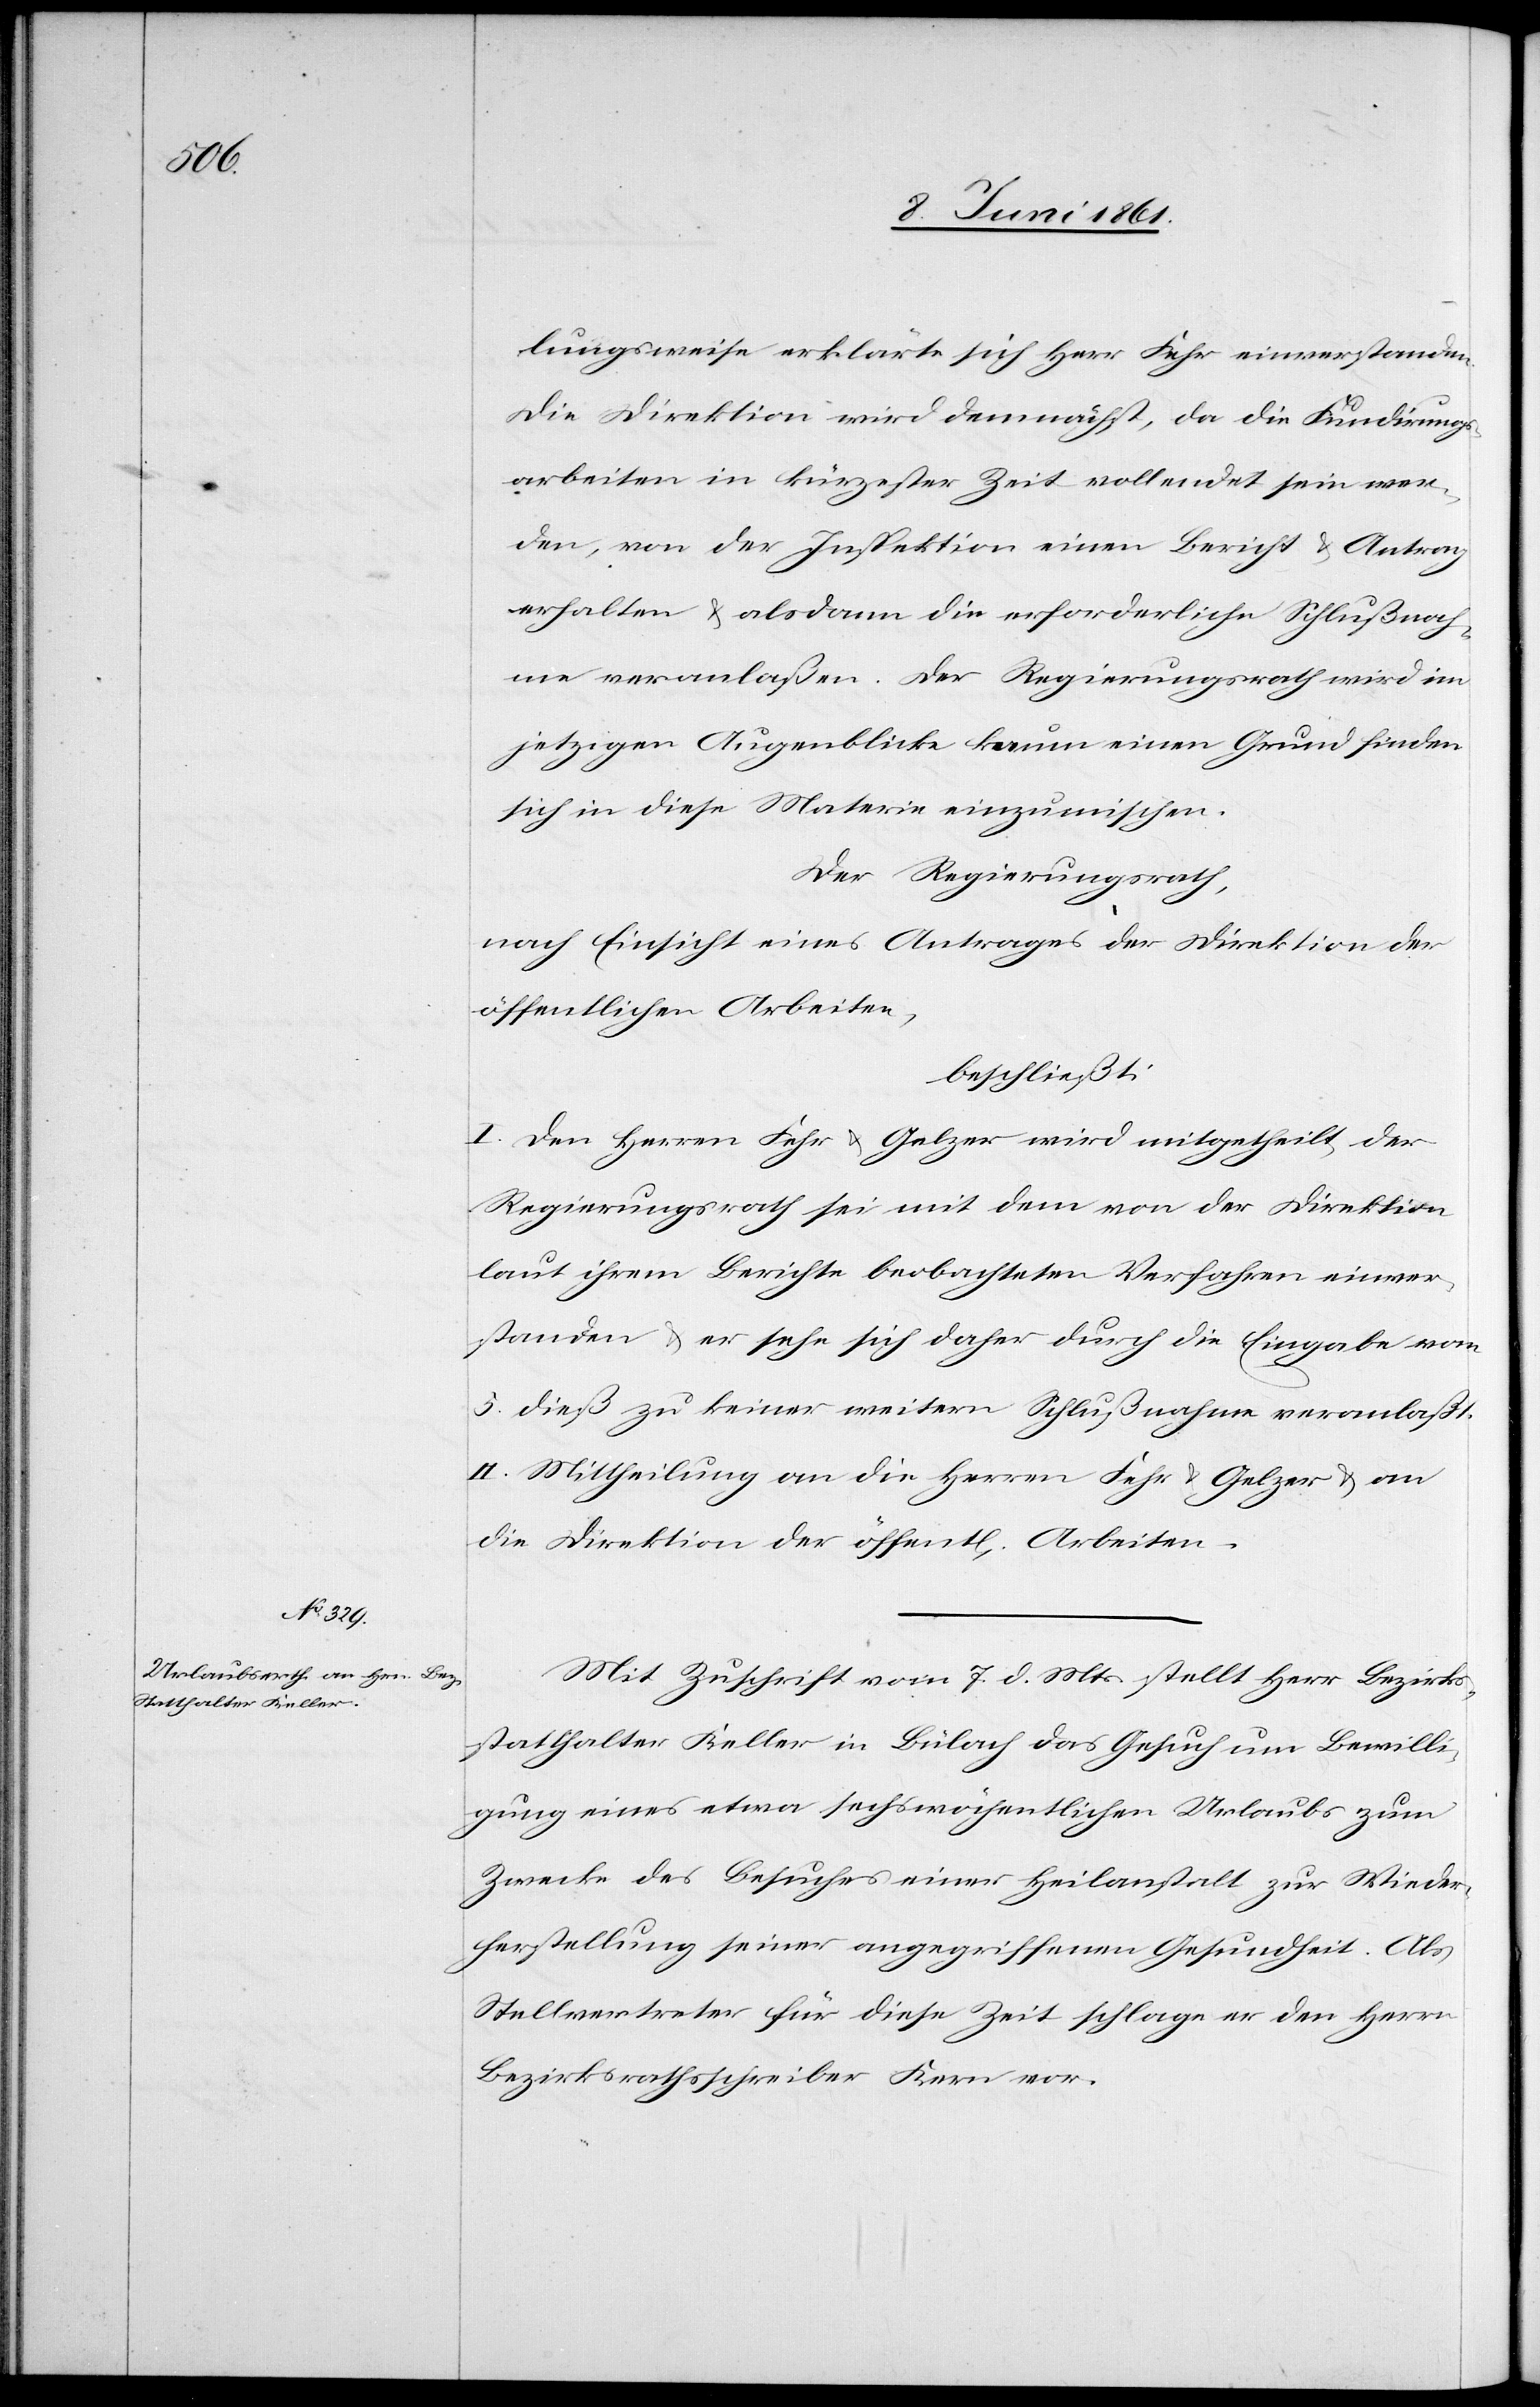
lungsweise erklärte sich Herr Fehr einverstanden.
Die Direktion wird demnächst, da die Fundirungs¬
arbeiten in kürzester Zeit vollendet sein wer¬
den, von der Inspektion einen Bericht u. Antrag
erhalten u. alsdann die erforderliche Schlußnah¬
me veranlaßen. Der Regierungsrath wird im
jetzigen Augenblicke kaum einen Grund finden
sich in diese Materie einzumischen.
Der Regierungsrath,
nach Einsicht eines Antrages der Direktion der
öffentlichen Arbeiten,
beschließt:
I. Den Herren Fehr u. Gelzer wird mitgetheilt, der
Regierungsrath sei mit dem von der Direktion
laut ihrem Berichte beobachteten Verfahren einver¬
standen u. er sehe sich daher durch die Eingabe vom
5. dieß zu keiner weitern Schlußnahme veranlaßt.
II. Mittheilung an die Herren Fehr u. Gelzer u. an
die Direktion der öffent[lichen] Arbeiten.
Mit Zuschrift vom 7. d. Mts. stellt Herr Bezirks¬
statthalter Keller in Bülach das Gesuch um Bewilli¬
gung eines etwa sechswöchentlichen Urlaubs zum
Zwecke des Besuches einer Heilanstalt zur Wieder¬
herstellung seiner angegriffenen Gesundheit. Als
Stellvertreter für diese Zeit schlage er den Herrn
Bezirksrathschreiber Kern vor.